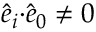
\hat { e } _ { i } { \cdot } \hat { e } _ { 0 } \not = 0